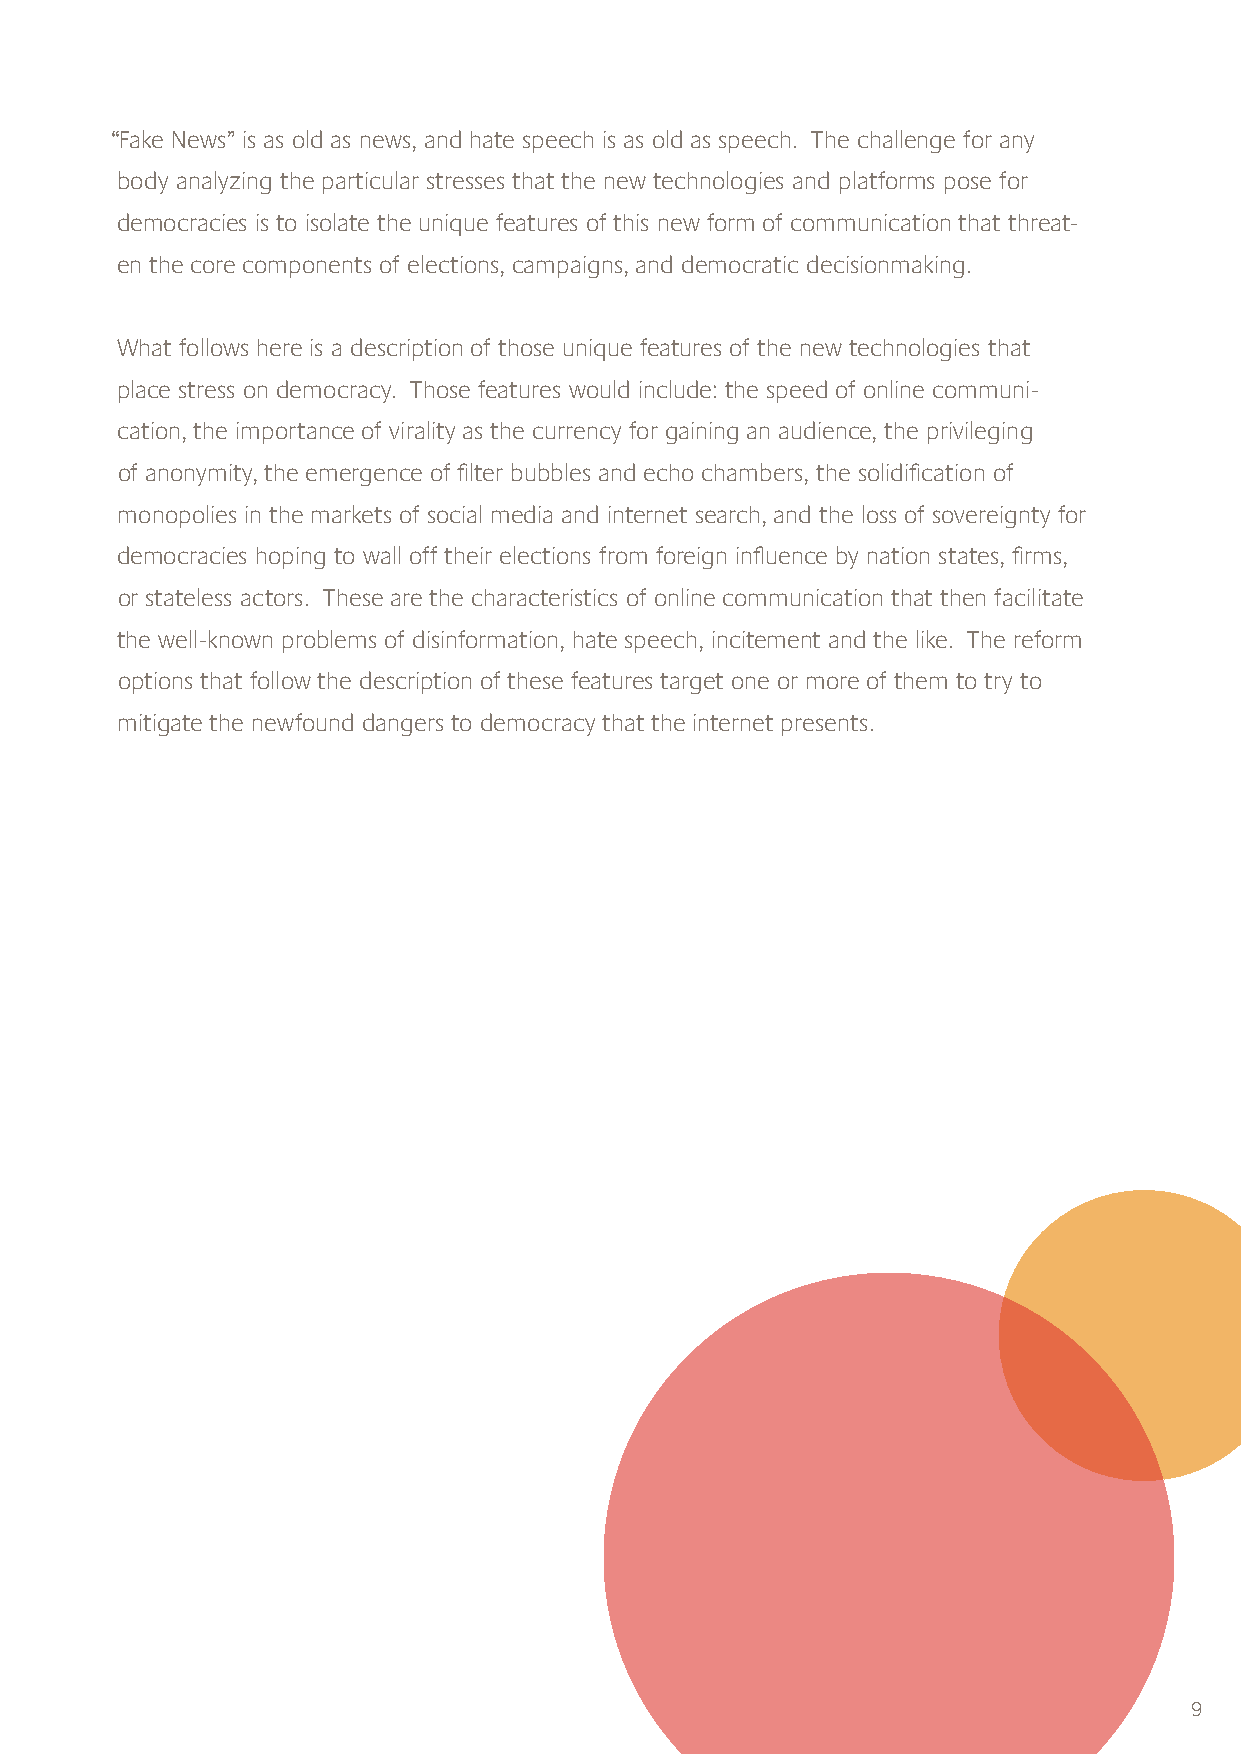
“Fake News” is as old as news, and hate speech is as old as speech. The challenge for any
 body analyzing the particular stresses that the new technologies and platforms pose for
 democracies is to isolate the unique features of this new form of communication that threat-
 en the core components of elections, campaigns, and democratic decisionmaking.
 What follows here is a description of those unique features of the new technologies that
 place stress on democracy. Those features would include: the speed of online communi-
 cation, the importance of virality as the currency for gaining an audience, the privileging
 of anonymity, the emergence of fi lter bubbles and echo chambers, the solidifi cation of
 monopolies in the markets of social media and internet search, and the loss of sovereignty for
 democracies hoping to wall off their elections from foreign infl uence by nation states, fi rms,
 or stateless actors. These are the characteristics of online communication that then facilitate
 the well-known problems of disinformation, hate speech, incitement and the like. The reform
 options that follow the description of these features target one or more of them to try to
 mitigate the newfound dangers to democracy that the internet presents.
 9